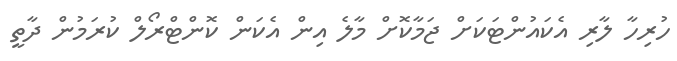
ހުރިހާ ލާރި އެކައުންޓަކަށް ޖަމާކޮށް މާލެ އިން އެކަން ކޮންޓްރޯލް ކުރަމުން ދާތީ